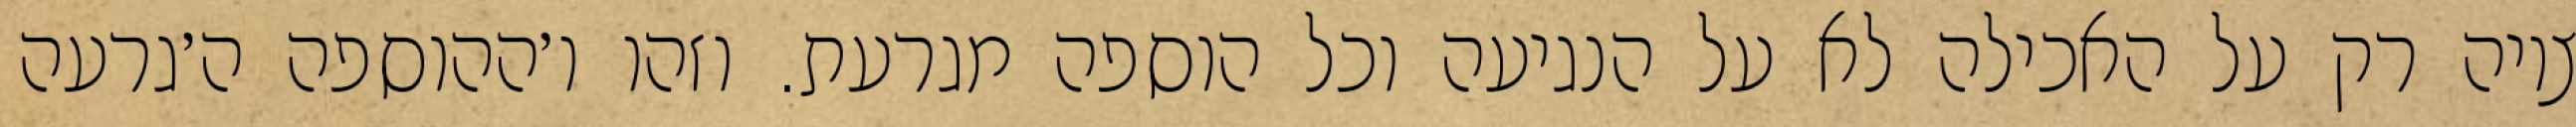
ציוה רק על האכילה לא על הנגיעה וכל הוספה מגרעת. וזהו ו׳ההוספה ה׳גרעה